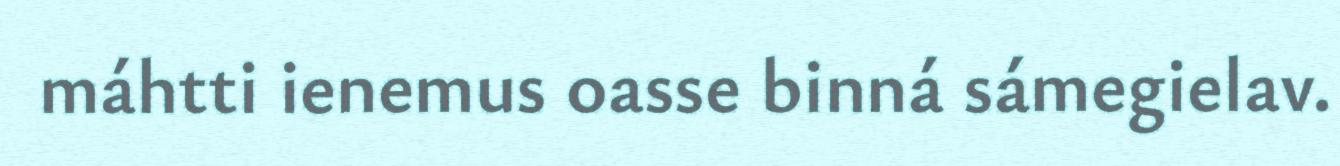
máhtti ienemus oasse binná sámegielav.